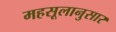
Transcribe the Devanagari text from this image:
महसूलानुसार